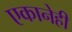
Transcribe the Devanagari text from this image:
एकानेही